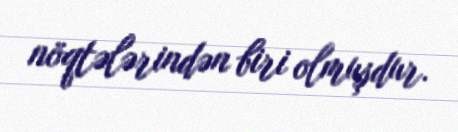
nöqtələrindən biri olmuşdur.